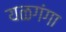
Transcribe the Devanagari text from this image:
यळगंगा